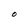
Character: O